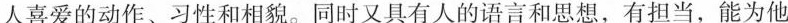
人喜爱的动作、习性和相貌。同时又具有人的语言和思想，有担当，能为他